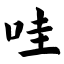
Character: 哇